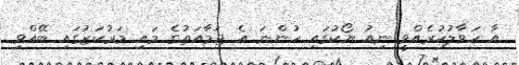
އާ ހަވާލުކުރެއްވީ ނިއު ޔޯކުގައި ހުންނަ އެ ޖަމާއަތުގެ މައި މަރުކަޒުގައި ބޭއްވި